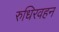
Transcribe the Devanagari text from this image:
रुधिरवहन